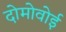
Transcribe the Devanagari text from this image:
दोमोवोई